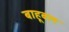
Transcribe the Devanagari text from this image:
बाहूबल